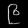
Digit: ၉